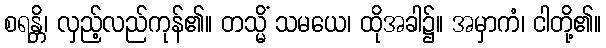
စရန္တိ၊ လှည့်လည်ကုန်၏။ တသ္မိံ သမယေ၊ ထိုအခါ၌။ အမှာကံ၊ ငါတို့၏။